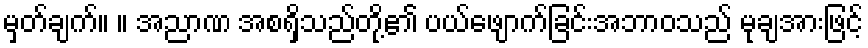
မှတ်ချက်။ ။ အညာဏ အစရှိသည်တို့၏ ပယ်ဖျောက်ခြင်းအဘာဝသည် မုချအားဖြင့်